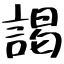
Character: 謁